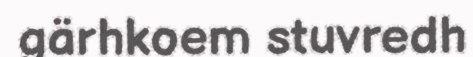
gärhkoem stuvredh